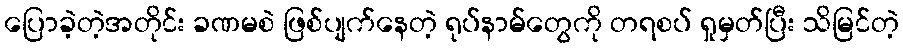
ပြောခဲ့တဲ့အတိုင်း ခဏမစဲ ဖြစ်ပျက်နေတဲ့ ရုပ်နာမ်တွေကို တရစပ် ရှုမှတ်ပြီး သိမြင်တဲ့